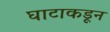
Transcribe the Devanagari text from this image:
घाटाकडून